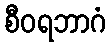
စီဝရဘာဂံ